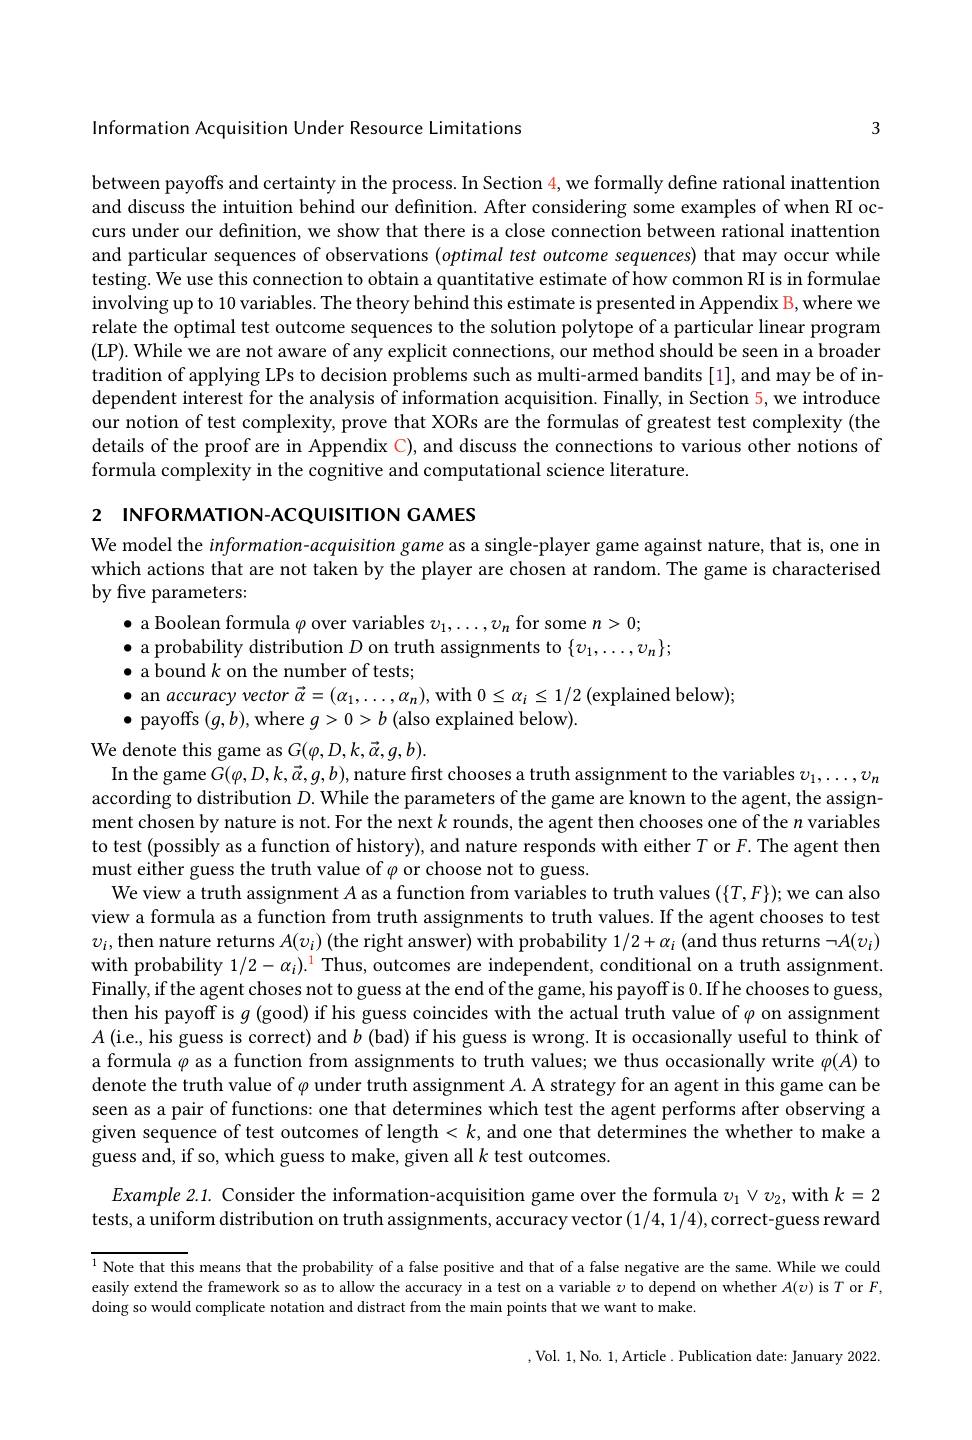
Information Acquisition Under Resource Limitations

3

between payoffs and certainty in the process. In Section 4, we formally define rational inattention and discuss the intuition behind our definition. After considering some examples of when RI occurs under our definition, we show that there is a close connection between rational inattention and particular sequences of observations $(optimal$ test outcome sequences) that may occur while testing. We use this connection to obtain a quantitative estimate of how common RI is in formulae involving up to 10 variables. The theory behind this estimate is presented in Appendix B, where we relate the optimal test outcome sequences to the solution polytope of a particular linear program (LP). While we are not aware of any explicit connections, our method should be seen in a broader tradition of applying LPs to decision problems such as multi-armed bandits[1], and may be of independent interest for the analysis of information acquisition. Finally, in Section 5, we introduce our notion of test complexity, prove that XORs are the formulas of greatest test complexity (the details of the proof are in Appendix C), and discuss the connections to various other notions of formula complexity in the cognitive and computational science literature.

2 INFORMATION-ACQUISITION GAMES

We model the information-acquisition game as a single-player game against nature, that is, one in which actions that are not taken by the player are chosen at random. The game is characterised by five parameters:

$\bullet$ a Boolean formula $\varphi$ over variables $v_1,\ldots,v_n$ for some $n>0;$

$\bullet$ a probability distribution $D$ on truth assignments to $\{v_1,\ldots,v_n\};$

$\bullet$ a bound $k$ on the number of tests;

$\bullet$ a bounu k on tine number ol tests;$\bullet$ an accuracy vector $\vec{\alpha}=(\alpha_{1},\ldots,\alpha_{n})$, with $0\leq\alpha_i\leq1/2$ (explained below);

$\bullet$ payoffs $(g,b)$,where $g>0>b$ (also explained below).

We denote this game as $G(\varphi,D,k,\vec{\alpha},g,b).$
In the game $G(\varphi,D,k,\vec{\alpha},g,b)$, nature first chooses a truth assignment to the variables $v_1,\ldots,v_n$ according to distribution $D.$ While the parameters of the game are known to the agent, the assignment chosen by nature is not. For the next $k$ rounds, the agent then chooses one of the $n$ variables to test (possibly as a function of history), and nature responds with either $T$ or $F.$ The agent then must either guess the truth value of $\varphi$ or choose not to guess
We view a truth assignment $A$ as a function from variables to truth values $(\{T,F\});$we can also view a formula as a function from truth assignments to truth values. If the agent chooses to test $v_i$, then nature returns $A(v_i)$ (the right answer) with probability $1/2+\alpha_i$ (and thus returns $\neg A(v_i)$ with probability $1/2-\alpha_i).^1$ Thus, outcomes are independent, conditional on a truth assignment Finally, if the agent choses not to guess at the end of the game, his payoff is 0.If he chooses to guess, then his payoff is $g$ (good) if his guess coincides with the actual truth value of $\varphi$ on assignment $A$ (i.e, his guess is correct) and $b$ (bad) if his guess is wrong. It is occasionally useful to think of a formula $\varphi$ as a function from assignments to truth values; we thus occasionally write $\varphi(A)$ to denote the truth value of $\varphi$ under truth assignment $A.$ A strategy for an agent in this game can be seen as a pair of functions: one that determines which test the agent performs after observing a given sequence of test outcomes of length$<k$, and one that determines the whether to make a guess and, if so, which guess to make, given all $k$ test outcomes.

$Example2.1.$ Consider the information-acquisition game over the formula $v_1\vee v_2$,with $k=2$ tests, a uniform distribution on truth assignments, accuracy vector (1/4,1/4),correct-guess reward

$^{1}$ Note that this means that the probability of a false positive and that of a false negative are the same. While we could easily extend the framework so as to allow the accuracy in a test on a variable $\upsilon$ to depend on whether $A(\upsilon)$ is $T$ or $F$, doing so would complicate notation and distract from the main points that we want to make.

,Vol. 1,No. 1,Article. Publication date: January 2022.